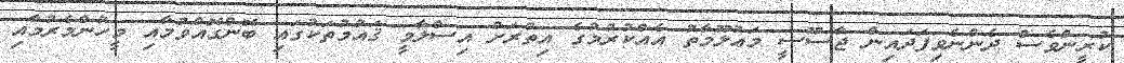
ކުރީންވެސް ދެންނެވިފަދައިން ޖާސޫސީ މަޢުލޫމާތު އެއްކުރުމުގެ އިތުރަށް އިސްލާމީ ޤައުމުތަކުގައި ބޮންގޮއްވުމާއި މީހުންމެރުމާއި